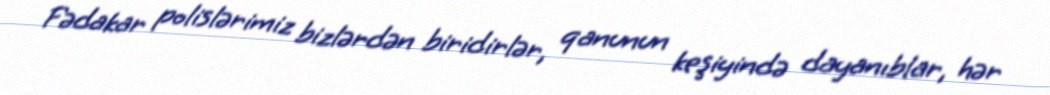
Fədakar polislərimiz bizlərdən biridirlər, qanunun keşiyində dayanıblar, hər